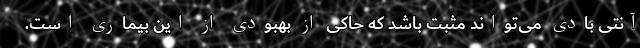
آنتی بادی می‌تواند مثبت باشد که حاکی از بهبودی از این بیماری است.